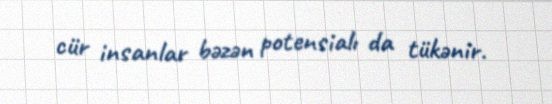
cür insanlar bəzən potensialı da tükənir.